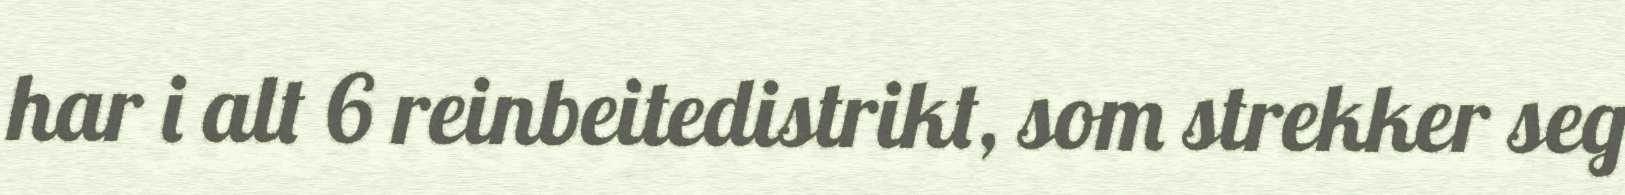
har i alt 6 reinbeitedistrikt, som strekker seg